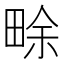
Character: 畭